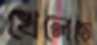
খেলেছে